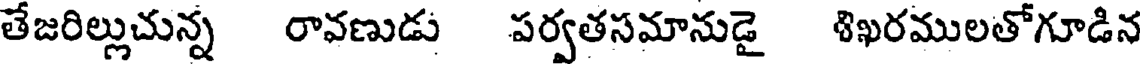
తేజరిల్లుచున్న రావణుడు పర్వతసమానుడై శిఖరములతోగూడిన